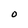
Character: O